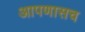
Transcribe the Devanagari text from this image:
आपणासच